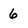
Character: 6